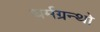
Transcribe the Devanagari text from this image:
धर्मग्रन्थो